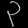
Digit: ၃